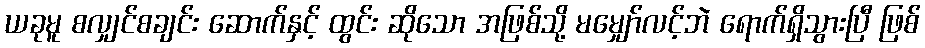
ယခုမူ စလျှင်စချင်း ဆောက်နှင့် ထွင်း ဆိုသော အဖြစ်သို့ မမျှော်လင့်ဘဲ ရောက်ရှိသွားပြီ ဖြစ်